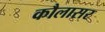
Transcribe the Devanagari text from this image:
कौलासर